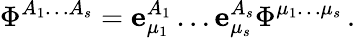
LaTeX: \Phi^{A_{1}\ldots A_{s}}={\mathbf e}_{\mu_{1}}^{A_{1}}\ldots{\mathbf e}_{\mu_{s}}^{A_{s}}\Phi^{\mu_{1}\ldots\mu_{s}}\, .